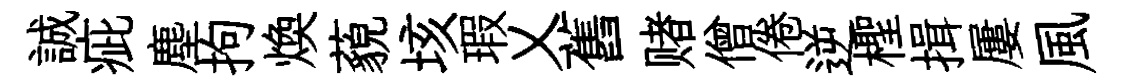
誠疵塵拘煥藐垓瑕乂舊赌僧倦逆檉揖屢風